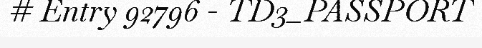
# Entry 92796 - TD3_PASSPORT